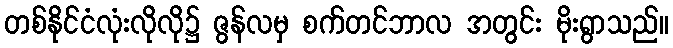
တစ်နိုင်ငံလုံးလိုလို၌ ဇွန်လမှ စက်တင်ဘာလ အတွင်း မိုးရွာသည်။